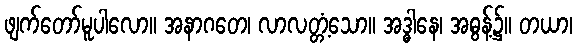
ဖျက်တော်မူပါလော။ အနာဂတေ၊ လာလတ္တံ့သော။ အဒ္ဓါနေ၊ အဓွန့်၌။ တယာ၊